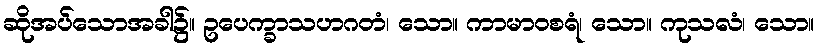
ဆိုအပ်သောအခါ၌။ ဥပေက္ခာသဟဂတံ၊ သော။ ကာမာဝစရံ၊ သော။ ကုသလံ၊ သော။